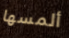
ألمسها